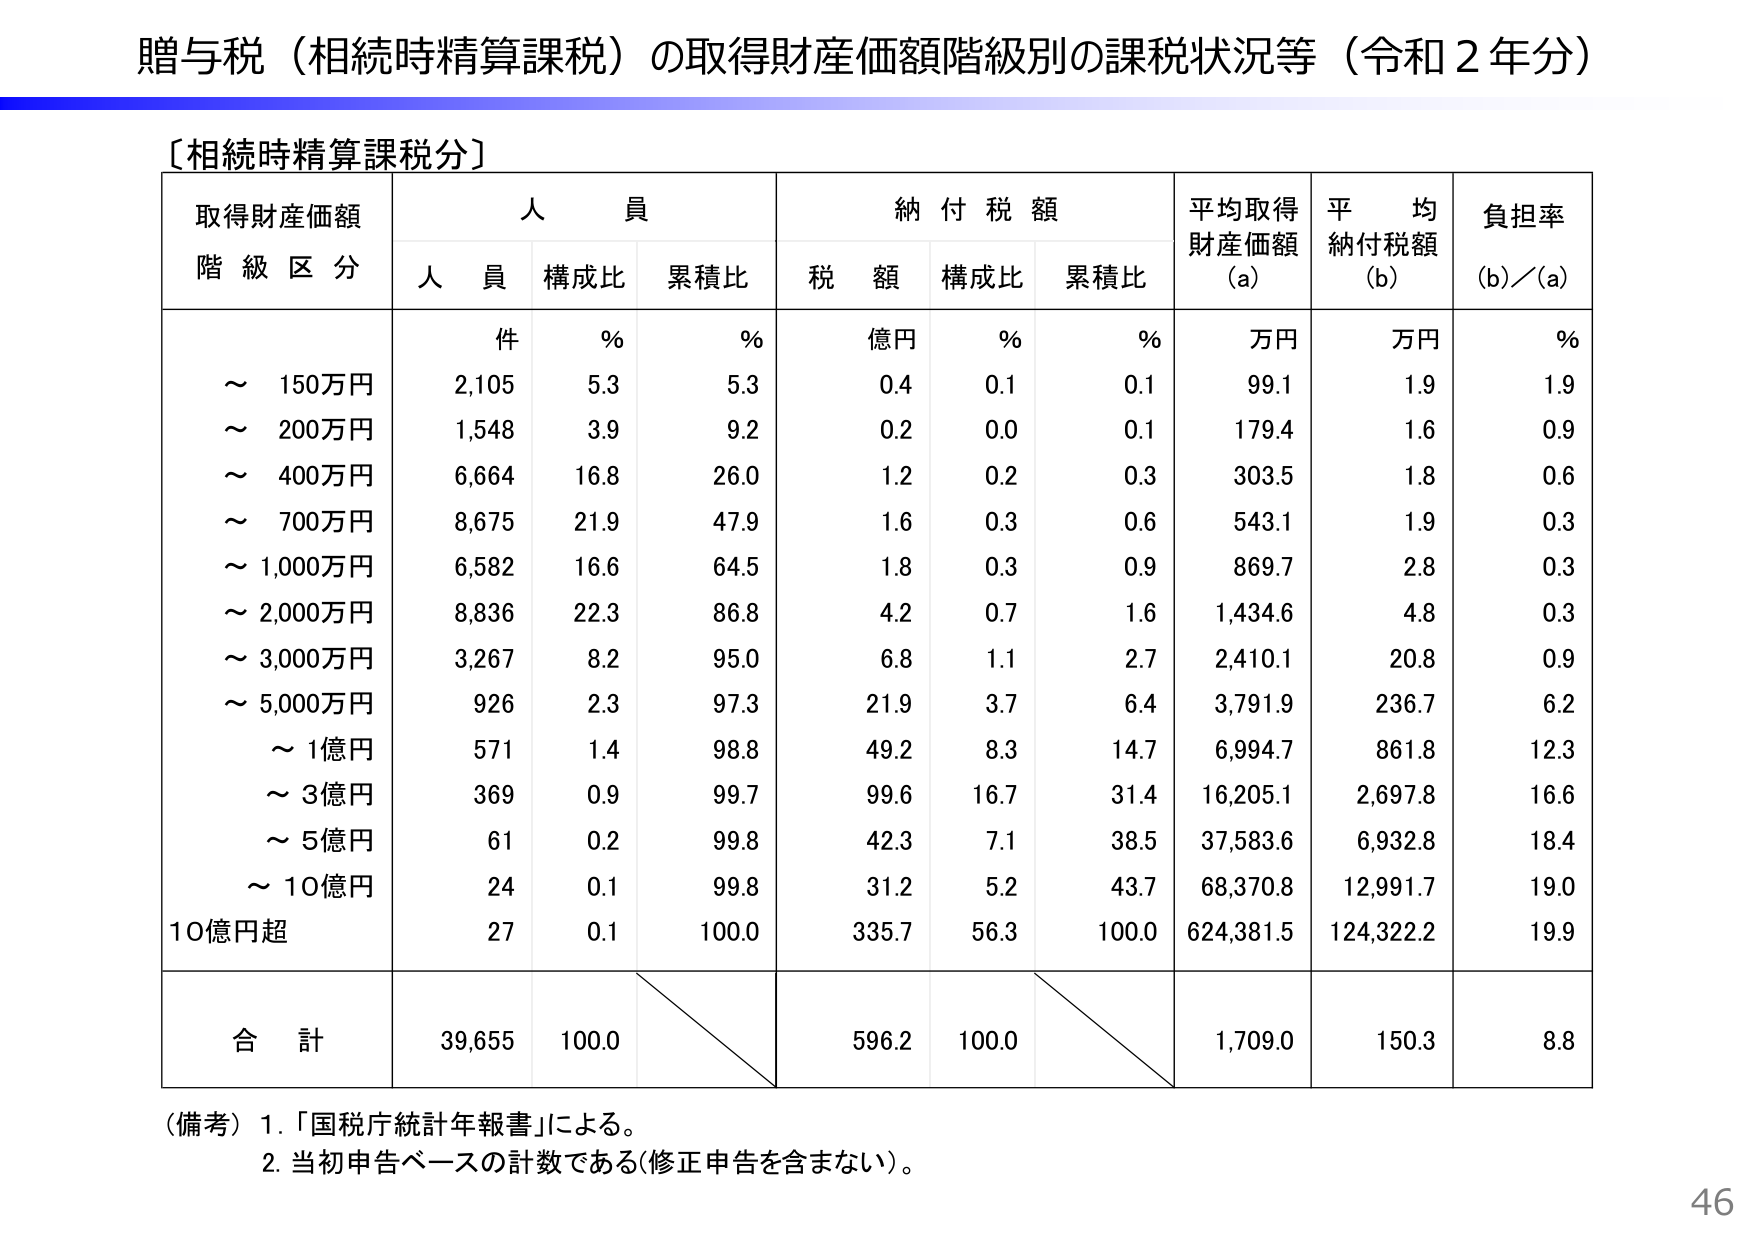
贈与税（相続時精算課税）の取得財産価額階級別の課税状況等（令和２年分）

〔相続時精算課税分〕

取得財産価額
階級区分　　人員　　　　　納付税額　　　平均取得財産価額（a）　平均納付税額（b）　負担率（b）／（a）
　　　　　　人員　構成比　累積比　　税額　構成比　累積比　　万円　　万円　　％
　　　　　　件　　％　　％　　億円　　％　　％

～ 150万円　　2,105　5.3　5.3　　0.4　0.1　0.1　　99.1　　1.9　　1.9
～ 200万円　　1,548　3.9　9.2　　0.2　0.0　0.1　　179.4　　1.6　　0.9
～ 400万円　　6,664　16.8　26.0　　1.2　0.2　0.3　　303.5　　1.8　　0.6
～ 700万円　　8,675　21.9　47.9　　1.6　0.3　0.6　　543.1　　1.9　　0.3
～ 1,000万円　6,582　16.6　64.5　　1.8　0.3　0.9　　869.7　　2.8　　0.3
～ 2,000万円　8,836　22.3　86.8　　4.2　0.7　1.6　　1,434.6　　4.8　　0.3
～ 3,000万円　3,267　8.2　95.0　　6.8　1.1　2.7　　2,410.1　　20.8　　0.9
～ 5,000万円　926　2.3　97.3　　21.9　3.7　6.4　　3,791.9　　236.7　　6.2
　～ 1億円　　571　1.4　98.8　　49.2　8.3　14.7　　6,994.7　　861.8　　12.3
　～ 3億円　　369　0.9　99.7　　99.6　16.7　31.4　　16,205.1　　2,697.8　　16.6
　～ 5億円　　61　0.2　99.8　　42.3　7.1　38.5　　37,583.6　　6,932.8　　18.4
　～ 10億円　　24　0.1　99.8　　31.2　5.2　43.7　　68,370.8　　12,991.7　　19.0
10億円超　　27　0.1　100.0　　335.7　56.3　100.0　　624,381.5　　124,322.2　　19.9

合計　　　　39,655　100.0　　　　　596.2　100.0　　　　　1,709.0　　150.3　　8.8

（備考）1. 「国税庁統計年報書」による。
　　　2. 当初申告ベースの計数である（修正申告を含まない）。

46